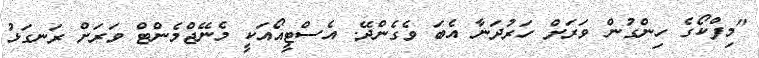
"މިފްކޯގެ ހިންގުން ވަރަށް ހަރުދަނާ އެބަ ވެގެންދޭ. އެސްޓީއޯއަކީ މެނޭޖްމެންޓް ވަރަށް ރަނގަޅު